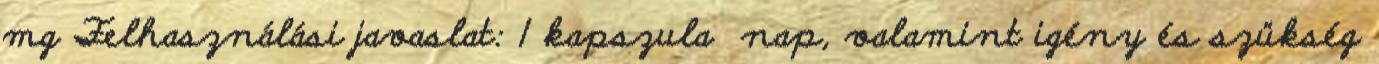
mg Felhasználási javaslat: 1 kapszula nap, valamint igény és szükség